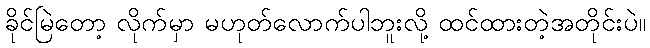
ခိုင်မြဲတော့ လိုက်မှာ မဟုတ်လောက်ပါဘူးလို့ ထင်ထားတဲ့အတိုင်းပဲ။